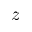
z